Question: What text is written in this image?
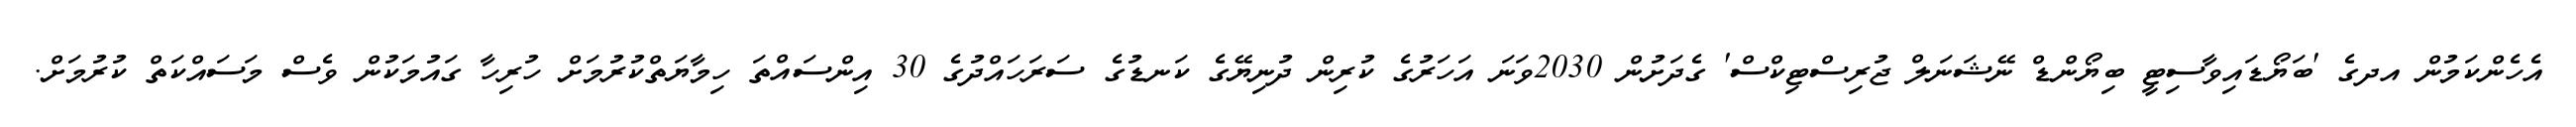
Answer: އެހެންކަމުން އދގެ 'ބަޔޯޑައިވާސިޓީ ބިޔޯންޑް ނޭޝަނަލް ޖުރިސްޓިކްސް' ގެދަށުން 2030ވަނަ އަހަރުގެ ކުރިން ދުނިޔޭގެ ކަނޑުގެ ސަރަހައްދުގެ 30 އިންސައްތަ ހިމާޔަތްކުރުމަށް ހުރިހާ ގައުމަކުން ވެސް މަސައްކަތް ކުރުމަށް.